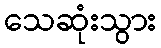
သေဆုံးသွား